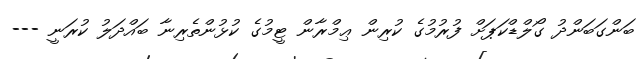
ބަންގަބަންދު ގޯލްޑްކަޕަށް ފުރުމުގެ ކުރިން ޢިމްރާން ޓީމުގެ ކުޅުންތެރިނާ ބައްދަލު ކުރަނީ ---